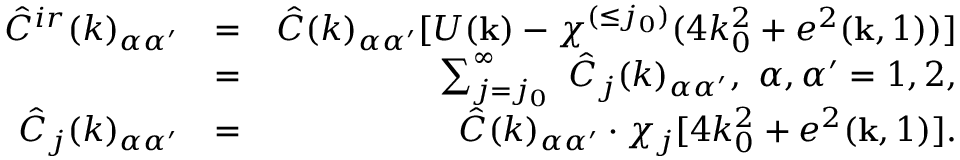
\begin{array} { r l r } { \hat { C } ^ { i r } ( k ) _ { \alpha \alpha ^ { \prime } } } & { = } & { \hat { C } ( k ) _ { \alpha \alpha ^ { \prime } } [ U ( { \bf k } ) - \chi ^ { ( \le j _ { 0 } ) } ( 4 k _ { 0 } ^ { 2 } + e ^ { 2 } ( { \bf k } , 1 ) ) ] } \\ & { = } & { \sum _ { j = j _ { 0 } } ^ { \infty } \ \hat { C } _ { j } ( k ) _ { \alpha \alpha ^ { \prime } } , \ \alpha , \alpha ^ { \prime } = 1 , 2 , } \\ { \hat { C } _ { j } ( k ) _ { \alpha \alpha ^ { \prime } } } & { = } & { \hat { C } ( k ) _ { \alpha \alpha ^ { \prime } } \cdot \chi _ { j } [ 4 k _ { 0 } ^ { 2 } + e ^ { 2 } ( { \bf k } , 1 ) ] . } \end{array}